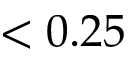
< 0 . 2 5